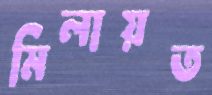
মিলায়ত